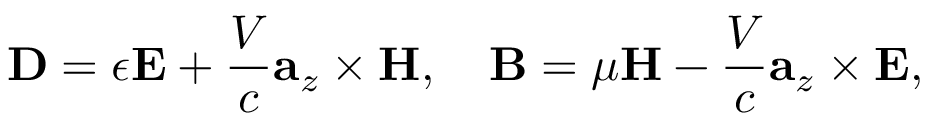
\mathbf { D } = \epsilon \mathbf { E } + \frac { V } { c } \mathbf { a } _ { z } \times \mathbf { H } , \quad \mathbf { B } = \mu \mathbf { H } - \frac { V } { c } \mathbf { a } _ { z } \times \mathbf { E } ,